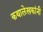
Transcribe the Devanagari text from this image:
कथालेखकांनी